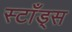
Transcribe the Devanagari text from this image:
स्टाँड्स